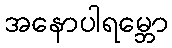
အနောပါရမ္ဘော